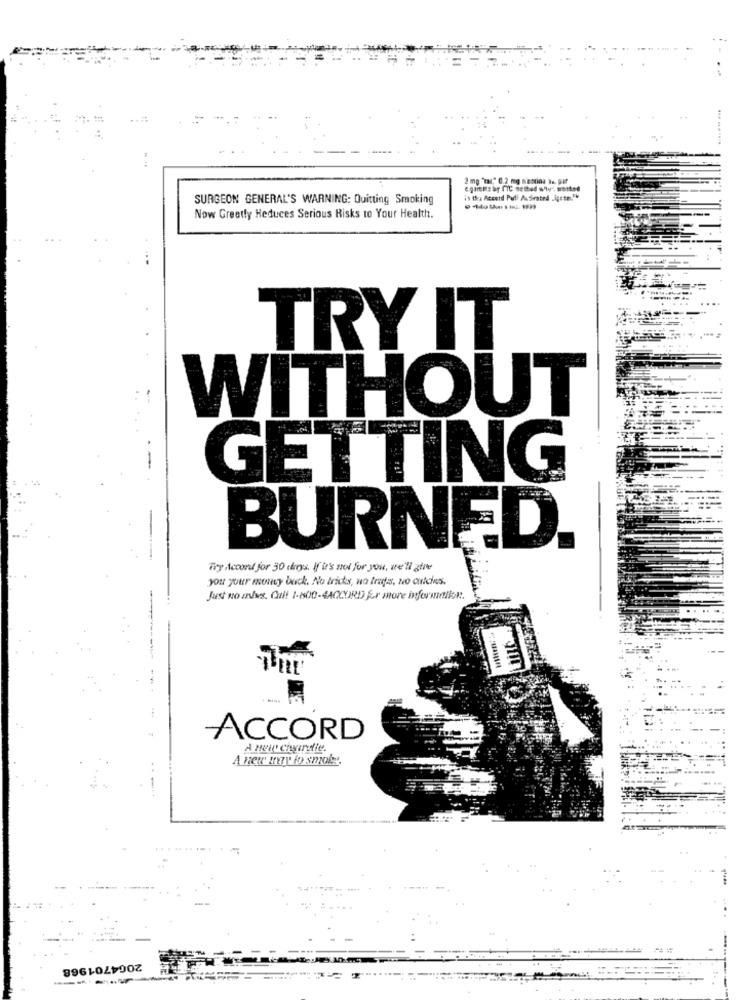
2 mg "tar." 0.2 mg n'estina 3x par
e gamits by TTC semed why: wasted
SURGEON GENERAL'S WARNING: Quitting Smoking
in thra Accord Pull Au Sirated .igetm."
Now Greatly Heduces Serious Risks to Your Health.
TRY IT
WITHOUT
GETTING
BURNED.
Try Accord for 30 dreys. If it's not for you, we'll ztre
you your money back. No tricks, no Iradas, No cities.
Just no andes. Cult 1-8800-4ACCORD Er more information.
ACCORD
A new ciwiralle.
A new my fo smoby
-
20G4701968